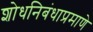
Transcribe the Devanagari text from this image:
शोधनिबंधाप्रमाणे